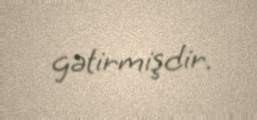
gətirmişdir.